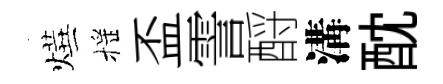
燁摇盃霅酹溝酖